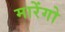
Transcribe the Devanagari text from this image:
मारेंगो